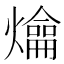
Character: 𤐯